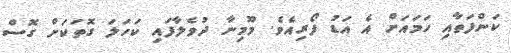
ކަންފަތާއި ހަމައަށް އެ އަޑު ފޯރިއެވެ. މޫމިނާ ދުވެލާފައި ކަހަލަ ގޮތަކަށް ގޮސް